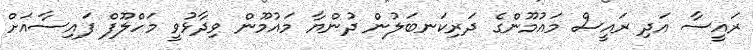
ރައީސާ އަދި ރައީސް މައުމޫންގެ ދަރިކަނބަލުން ދުންޔާ މައުމޫން ވިދާޅުވީ މަހްލޫފް ފައިސާއަށް